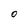
Character: O